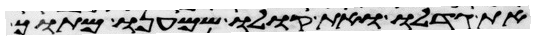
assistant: את גדלו ואת קולו שמענו מתוך